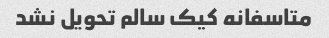
متاسفانه کیک سالم تحویل نشد